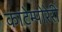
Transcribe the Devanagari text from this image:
कांटेम्पोरेरी